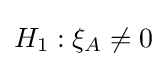
H_{1}:\xi _{A}\neq 0